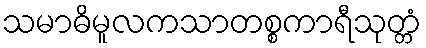
သမာဓိမူလကသာတစ္စကာရီသုတ္တံ